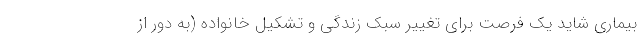
بیماری شاید یک فرصت برای تغییر سبک زندگی و تشکیل خانواده (به دور از